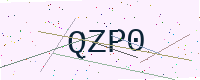
Text: QZP0